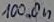
Text: 100.0n